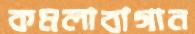
কমলাবাগান